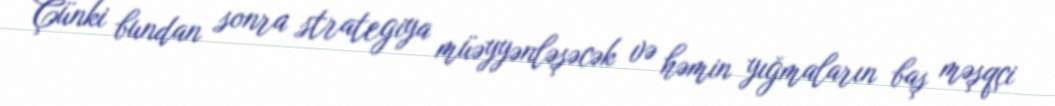
Çünki bundan sonra strategiya müəyyənləşəcək və həmin yığmaların baş məşqçi